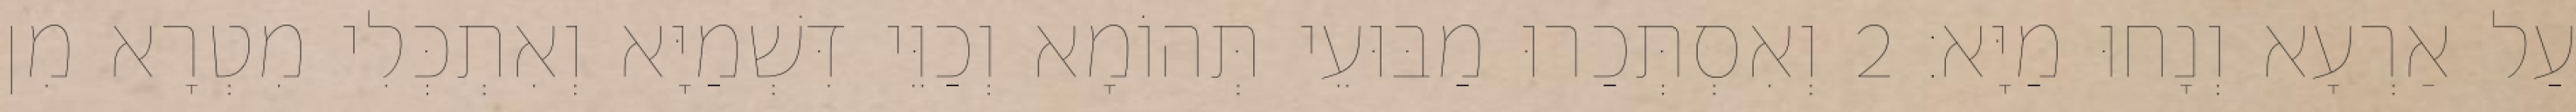
עַל אַרְעָא וְנָחוּ מַיָּא׃ 2 וְאִסְתְּכַרוּ מַבּוּעֵי תְּהוֹמָא וְכַוֵּי דִּשְׁמַיָּא וְאִתְכְּלִי מִטְרָא מִן